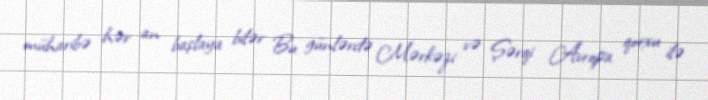
müharibə hər an başlaya bilər Bu günlərdə Mərkəzi və Şərqi Avropa qorxu ilə